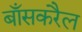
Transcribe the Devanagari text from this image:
बाँसकरैल